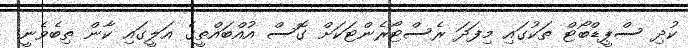
ކުދި ސްޕީޑްބޯޓް ތަކުގައި މިފަދަ ރެސްޓޯރެންޓަކަށް ގޮސް އުއްބައްތީގެ އަލީގައި ކާން ތިބެވެނީ